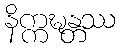
နိက္ကဍ္ဎန္တဿ